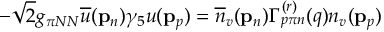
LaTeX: - \sqrt { 2 } g _ { \pi N N } \overline { { { u } } } ( { \bf p } _ { n } ) \gamma _ { 5 } u ( { \bf p } _ { p } ) = \overline { { { n } } } _ { v } ( { \bf p } _ { n } ) \Gamma _ { p { \pi } n } ^ { ( r ) } ( q ) n _ { v } ( { \bf p } _ { p } )